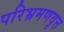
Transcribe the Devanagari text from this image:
परिभ्रमणवृत्त